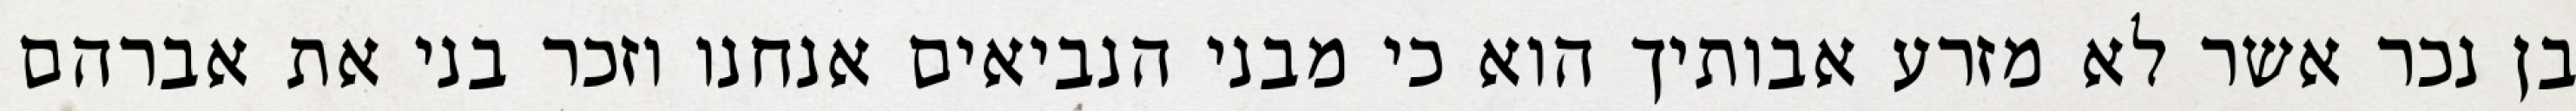
בן נכר אשר לא מזרע אבותיך הוא כי מבני הנביאים אנחנו וזכר בני את אברהם